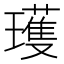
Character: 瓁